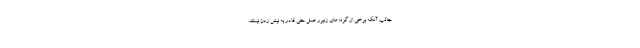
جالب آنکه برخی از گونه‌های زنبور عسل حتی قادر به نیش زدن نیستند.